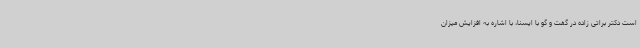
است دکتر براتی زاده در گفت و گو با ایسنا، با اشاره به افزایش میزان